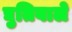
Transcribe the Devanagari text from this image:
द्युतिवाले